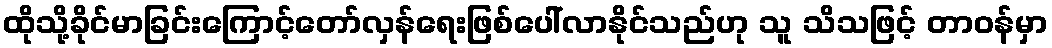
ထိုသို့ခိုင်မာခြင်းကြောင့်တော်လှန်ရေးဖြစ်ပေါ်လာနိုင်သည်ဟု သူ သိသဖြင့် တာဝန်မှာ